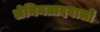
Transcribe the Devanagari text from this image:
लेनिनग्रादवालों